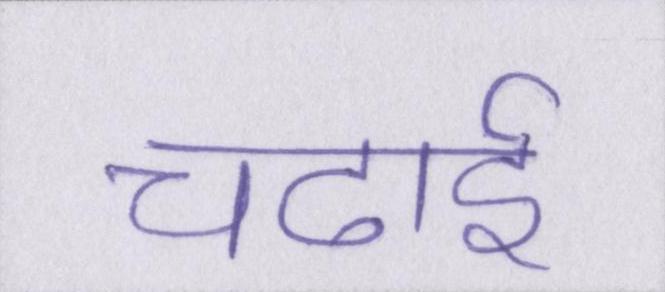
चढाई